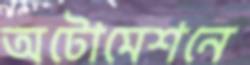
অটোমেশনে